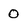
Character: 0